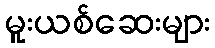
မူးယစ်ဆေးများ